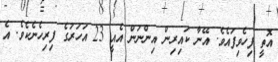
އޮތީ ފިހެވިފައެވެ. އޭނާ ކައިރިން އިންނަން އެއީ 23 އަހަރުގެ ފިރިހެނެކެވެ. އެ